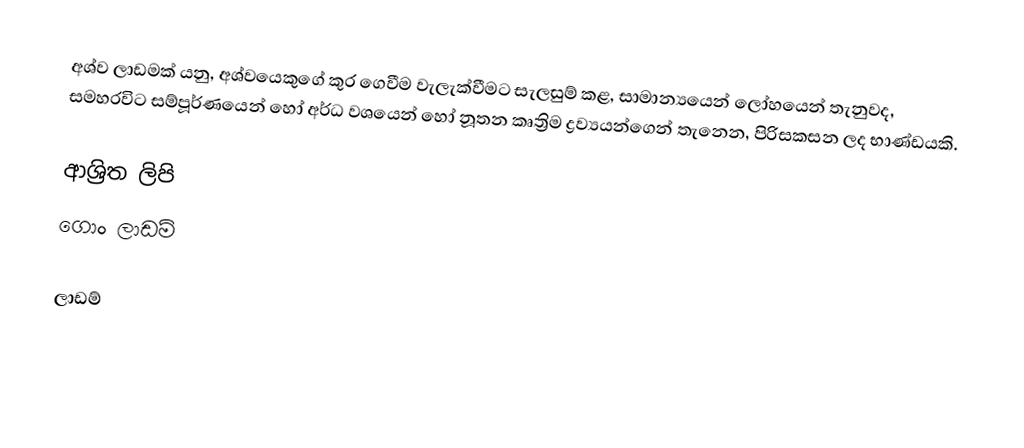
අශ්ව ලාඩමක් යනු, අශ්වයෙකුගේ කුර ගෙවීම වැලැක්වීමට සැලසුම් කළ,  සාමාන්‍යයෙන් ලෝහයෙන් තැනුවද, සමහරවිට සම්පූර්ණයෙන් හෝ අර්ධ වශයෙන් හෝ නූතන කෘත්‍රිම ද්‍රව්‍යයන්ගෙන් තැනෙන, පිරිසකසන ලද භාණ්ඩයකි.

ආශ්‍රිත ලිපි
 ගොං ලාඩම්

ලාඩම්